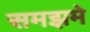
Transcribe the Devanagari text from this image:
समझमे